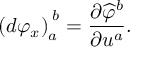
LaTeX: \left( d \varphi _ { x } \right) _ { a } ^ { \; b } = { \frac { \partial { \widehat { \varphi } } ^ { b } } { \partial u ^ { a } } } .